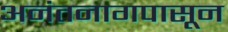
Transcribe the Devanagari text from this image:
अनंतनागपासून